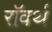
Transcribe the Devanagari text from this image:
रॉवर्थ